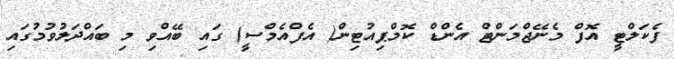
ފެކަލްޓީ އޮފް މެނޭޖްމަންޓް އެންޑް ކޮމްޕިއުޓިން( އެފްއެމްސީ) ގައި ބޭއްވި މި ބައްދަލުވުމުގައި